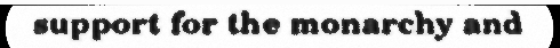
support for the monarchy and